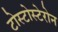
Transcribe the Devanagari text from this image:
टोस्टोस्टेरोन